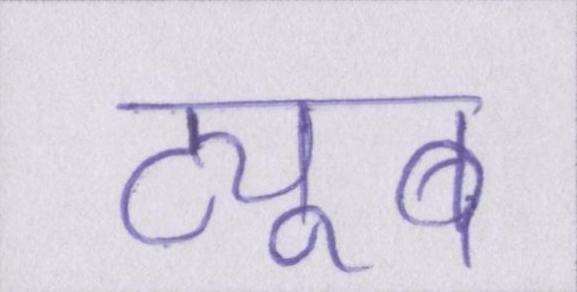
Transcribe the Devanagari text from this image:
ट्यूब